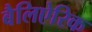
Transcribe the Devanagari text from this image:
बैलिऐरिक